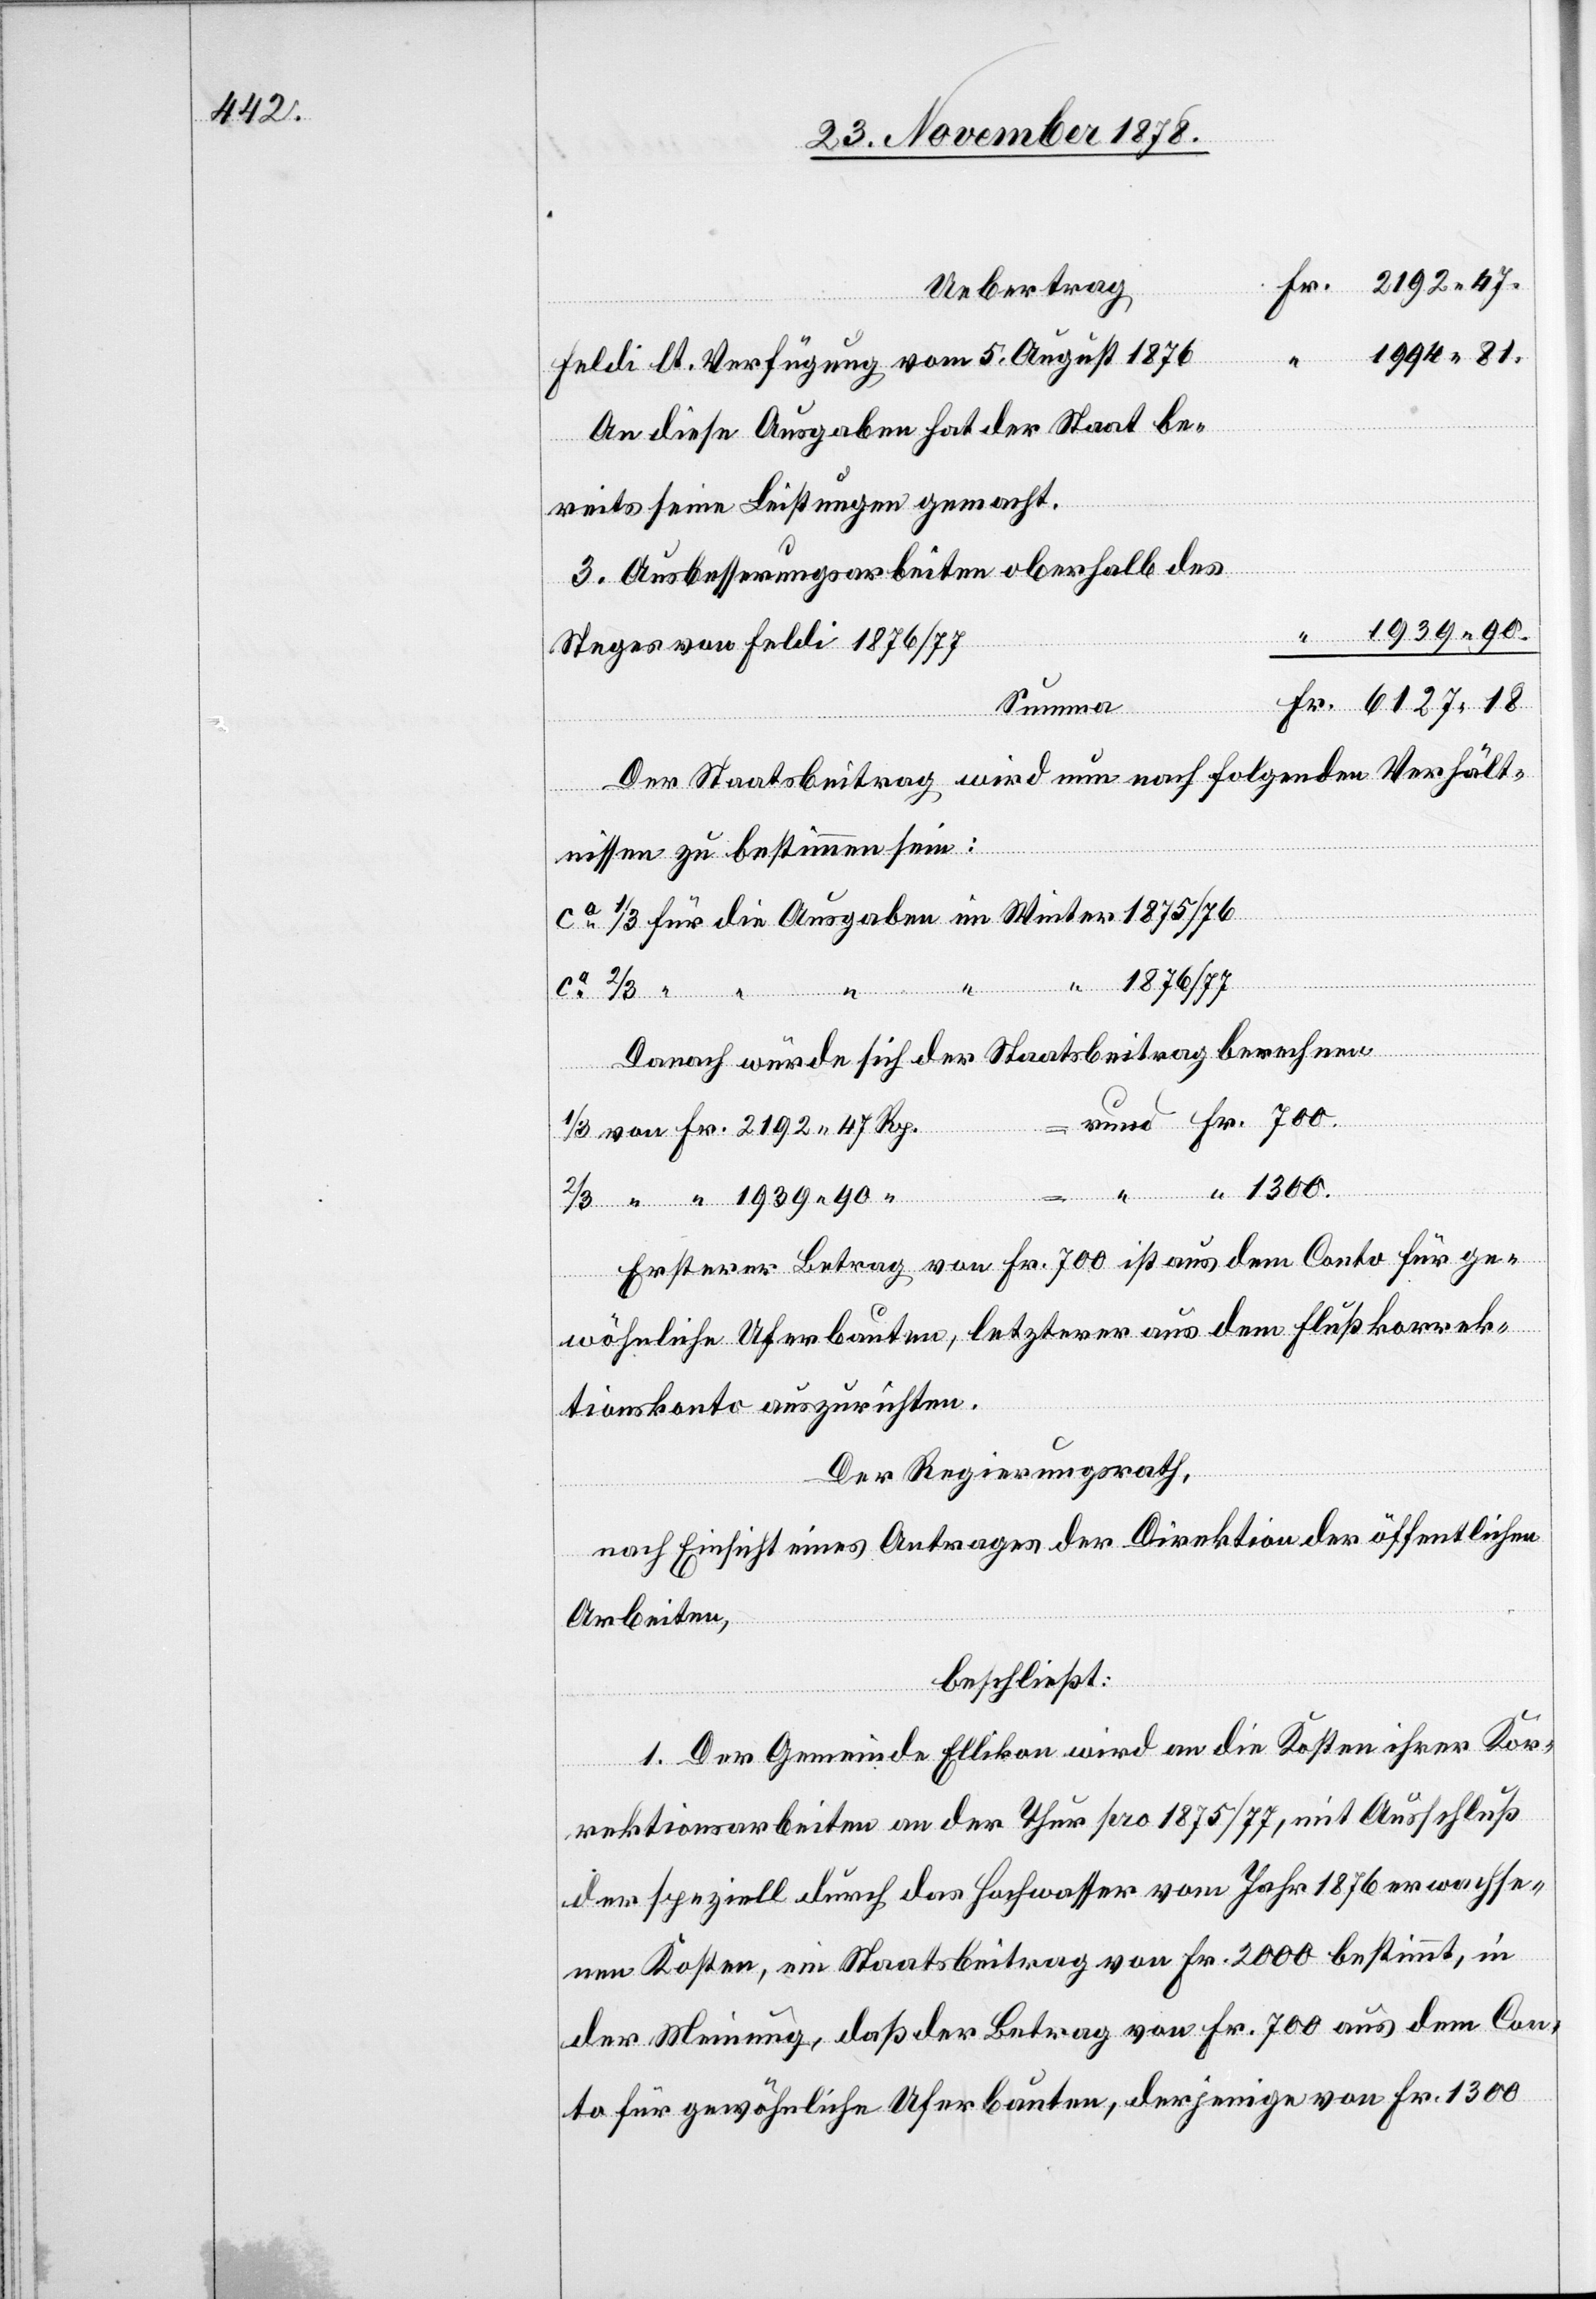
Uebertrag
“
1994 81.
Feldi lt. Verfügung vom 5. August 1876
An diese Ausgabe hat der Staat be¬
reits seine Leistungen gemacht.
3. Ausbesserungsarbeiten oberhalb des
1939 90
“
Steges von Feldi 1876/77
Summa
Der Staatsbeitrag wird nun nach folgenden Verhält¬
Fr.
nissen zu bestimmen sein:
ca 1/3 für die Ausgaben im Winter 1875/76
1876/77
47.
ca 2/3 “
“
Danach würde sich der Staatsbeitrag berechnen
rund Fr. 700.
1/3 von Fr. 2192 47 Rp.
“ 1300.
Ersterer Betrag von Fr. 700 ist aus dem Conto für ge¬
wöhnliche Uferbauten, letzterer aus dem Flußkorrek¬
tionskonto auszurichten.
Der Regierungsrath,
nach Einsicht eines Antrages der Direktion der öffentlichen
Arbeiten,
beschließt:
1. Der Gemeinde Ellikon wird an die Kosten ihrer Kor¬
rektionsarbeiten an der Thur pro 1875/77, mit Ausschluß
der speziell durch das Hochwasser vom Jahr 1876 erwachse¬
nen Kosten, ein Staatsbeitrag von Fr. 2000 bestimmt, in
der Meinung, daß der Betrag von Fr. 700 aus dem Con¬
to für gewöhnliche Uferbauten, derjenige von Fr. 1300